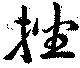
挫